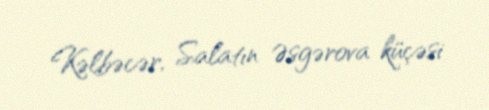
Kəlbəcər, Salatın Əsgərova küçəsi